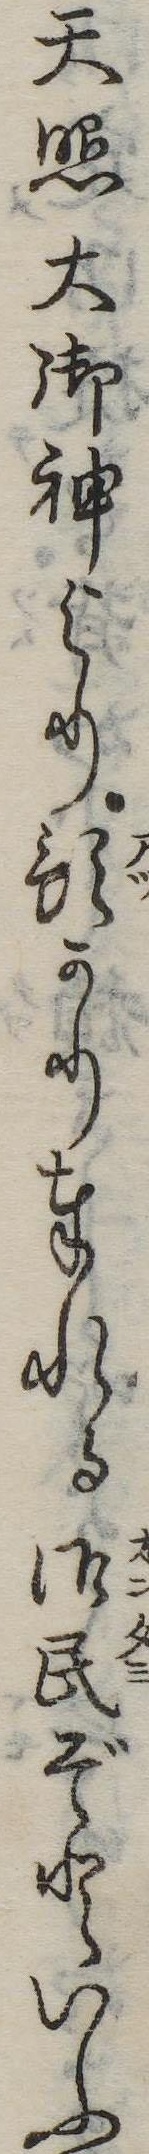
天照大御神より預かり奉れる御民ぞといふ